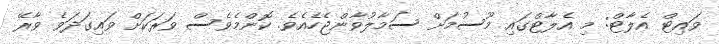
ވައިޓް އެލާޓް: މި އެލާޓްގައި މޫސުމަށް ސަމާލުވާންޖެހެއެވެ. ކޮންމެވެސް ވަރަކަށް ވައިގަދަވެ ވާރޭ